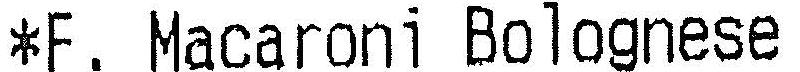
*F. MACARONI BOLOGNESE